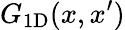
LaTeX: G_{\mathrm{1D}}(x,x^{\prime})